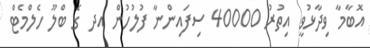
އޮބާމާ ވިދާޅުވީ އިތުރު 40000 ސިފައިންނާ ފުލުހުން އދ ގެ ބްލޫ ހެލްމެޓް